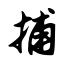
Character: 捕